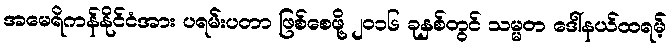
အမေရိကန်နိုင်ငံအား ပရမ်းပတာ ဖြစ်စေဖို့ ၂၀၁၆ ခုနှစ်တွင် သမ္မတ ဒေါ်နယ်ထရမ့်